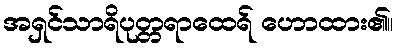
အရှင်သာရိပုတ္တရာထေရ် ဟောထား၏။